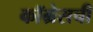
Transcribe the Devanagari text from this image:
कॉग्रेसची